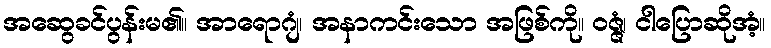
အဆွေခင်ပွန်းမ၏။ အာရောဂျံ၊ အနာကင်းသော အဖြစ်ကို။ ဝဇ္ဇံ၊ ငါပြောဆိုအံ့။